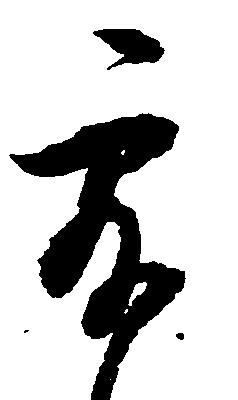
露